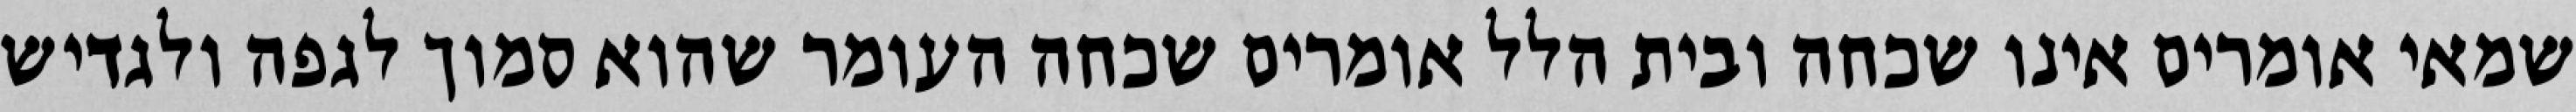
שמאי אומרים אינו שכחה ובית הלל אומרים שכחה העומר שהוא סמוך לגפה ולגדיש